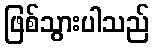
ဖြစ်သွားပါသည်